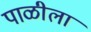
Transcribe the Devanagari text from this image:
पाळीला